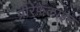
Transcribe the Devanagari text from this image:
प्रीरेफ़ेलाइट